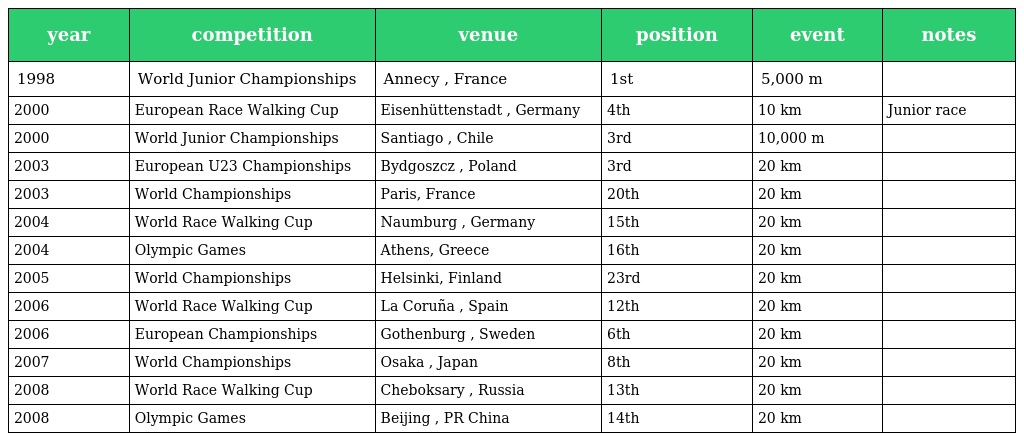
| year | competition | venue | position | event | notes |
 | --- | --- | --- | --- | --- | --- |
 | 1998 | World Junior Championships | Annecy , France | 1st | 5,000 m |  |
 | 2000 | European Race Walking Cup | Eisenhüttenstadt , Germany | 4th | 10 km | Junior race |
 | 2000 | World Junior Championships | Santiago , Chile | 3rd | 10,000 m |  |
 | 2003 | European U23 Championships | Bydgoszcz , Poland | 3rd | 20 km |  |
 | 2003 | World Championships | Paris, France | 20th | 20 km |  |
 | 2004 | World Race Walking Cup | Naumburg , Germany | 15th | 20 km |  |
 | 2004 | Olympic Games | Athens, Greece | 16th | 20 km |  |
 | 2005 | World Championships | Helsinki, Finland | 23rd | 20 km |  |
 | 2006 | World Race Walking Cup | La Coruña , Spain | 12th | 20 km |  |
 | 2006 | European Championships | Gothenburg , Sweden | 6th | 20 km |  |
 | 2007 | World Championships | Osaka , Japan | 8th | 20 km |  |
 | 2008 | World Race Walking Cup | Cheboksary , Russia | 13th | 20 km |  |
 | 2008 | Olympic Games | Beijing , PR China | 14th | 20 km |  |